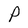
Character: P